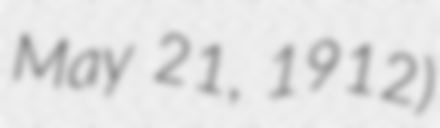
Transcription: May 21, 1912)